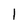
Character: I